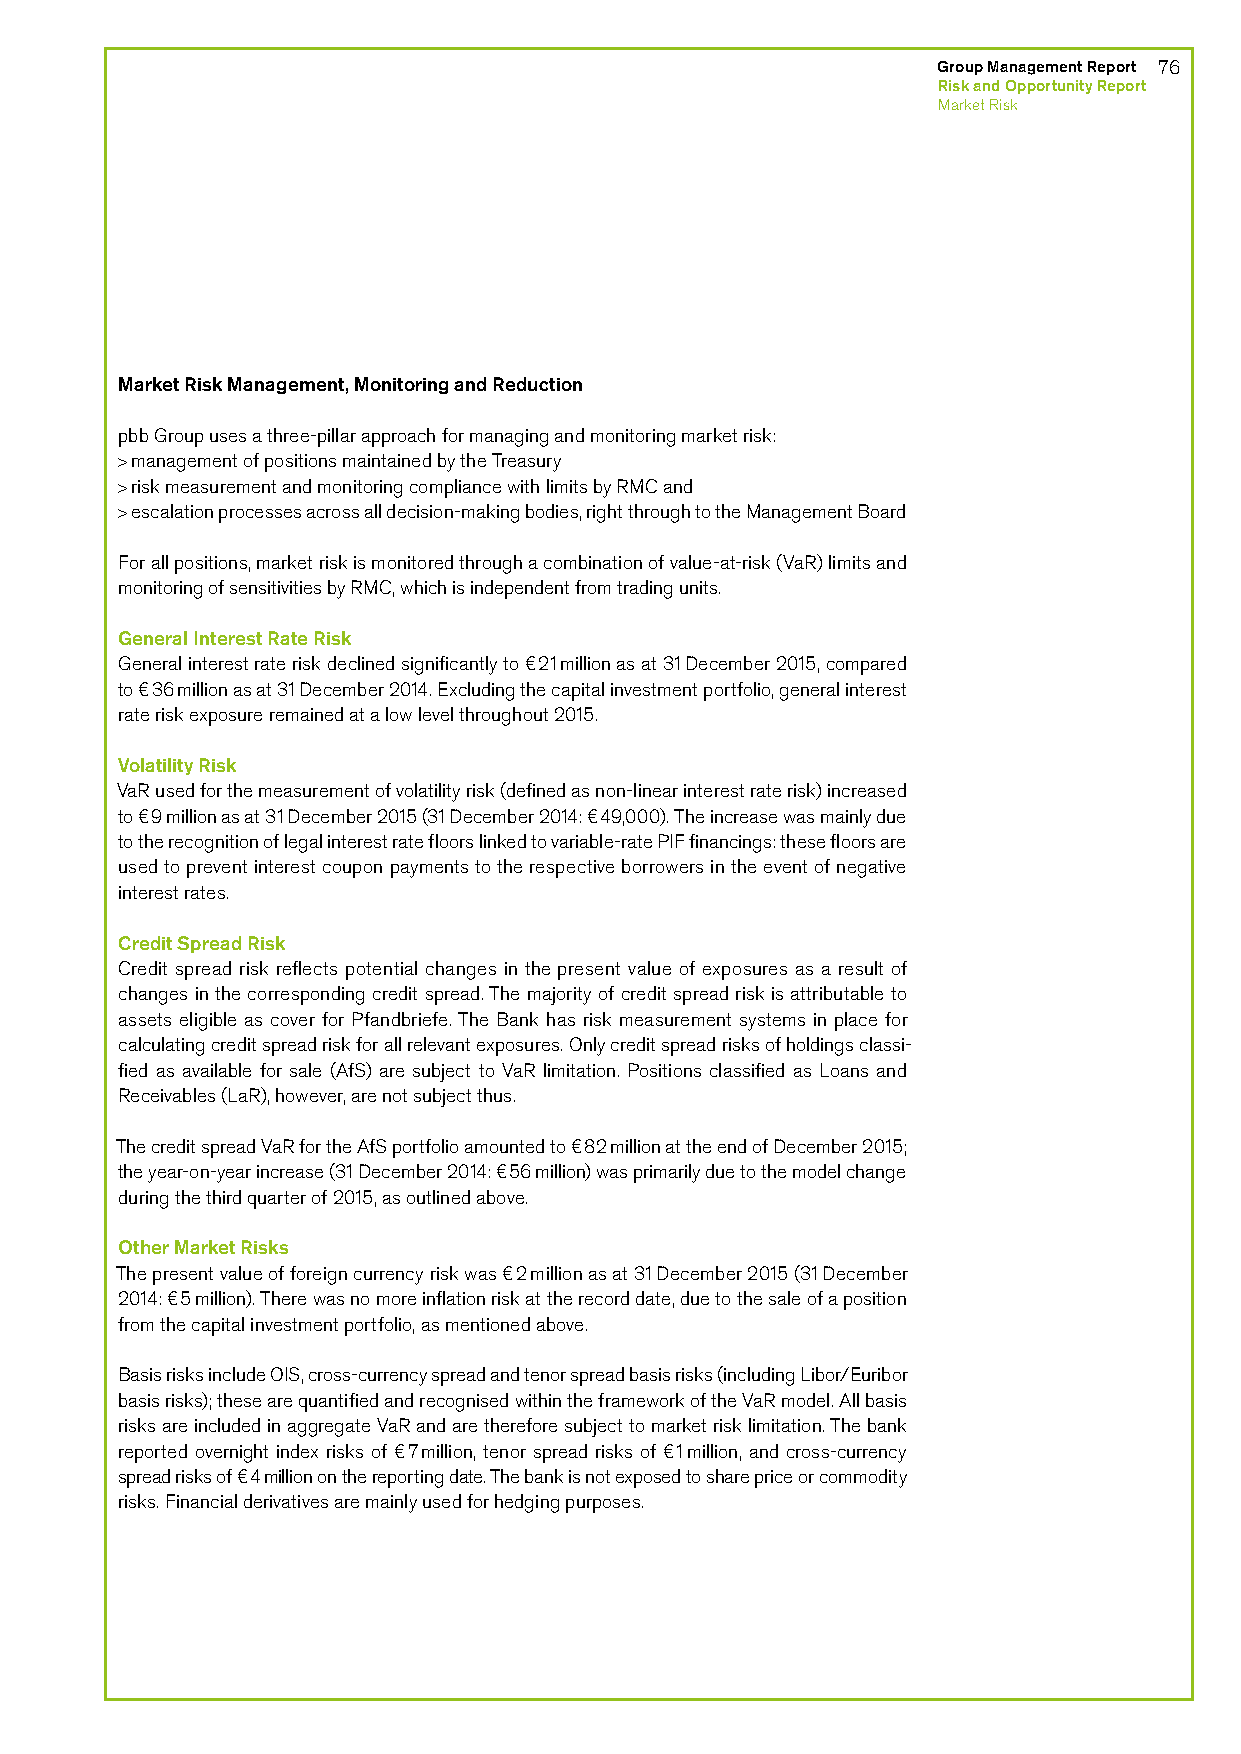
Group Management Report 76
 Risk and Opportunity Report
 Market Risk
 Market Risk Management, Monitoring and Reduction
 pbb Group uses a three-pillar approach for managing and monitoring market risk:
 > management of positions maintained by the Treasury
 > risk measurement and monitoring compliance with limits by RMC and
 > escalation processes across all decision-making bodies, right through to the Management Board
 For all positions, market risk is monitored through a combination of value-at-risk (VaR) limits and
 monitoring of sensitivities by RMC, which is independent from trading units.
 General Interest Rate Risk
 General interest rate risk declined significantly to €21 million as at 31 December 2015, compared
 to €36 million as at 31 December 2014. Excluding the capital investment portfolio, general interest
 rate risk exposure remained at a low level throughout 2015.
 Volatility Risk
 VaR used for the measurement of volatility risk (defined as non-linear interest rate risk) increased
 to €9 million as at 31 December 2015 (31 December 2014: €49,000). The increase was mainly due
 to the recognition of legal interest rate floors linked to variable-rate PIF financings: these floors are
 used to prevent interest coupon payments to the respective borrowers in the event of negative
 interest rates.
 Credit Spread Risk
 Credit spread risk reflects potential changes in the present value of exposures as a result of
 changes in the corresponding credit spread. The majority of credit spread risk is attributable to
 assets eligible as cover for Pfandbriefe. The Bank has risk measurement systems in place for
 calculating credit spread risk for all relevant exposures. Only credit spread risks of holdings classi-
 fied as available for sale (AfS) are subject to VaR limitation. Positions classified as Loans and
 Receivables (LaR), however, are not subject thus.
 The credit spread VaR for the AfS portfolio amounted to €82 million at the end of December 2015;
 the year-on-year increase (31 December 2014: €56 million) was primarily due to the model change
 during the third quarter of 2015, as outlined above.
 Other Market Risks
 The present value of foreign currency risk was €2 million as at 31 December 2015 (31 December
 2014: €5 million). There was no more inflation risk at the record date, due to the sale of a position
 from the capital investment portfolio, as mentioned above.
 Basis risks include OIS, cross-currency spread and tenor spread basis risks (including Libor/Euribor
 basis risks); these are quantified and recognised within the framework of the VaR model. All basis
 risks are included in aggregate VaR and are therefore subject to market risk limitation. The bank
 reported overnight index risks of €7 million, tenor spread risks of €1 million, and cross-currency
 spread risks of €4 million on the reporting date. The bank is not exposed to share price or commodity
 risks. Financial derivatives are mainly used for hedging purposes.